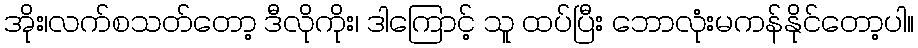
အိုး၊လက်စသတ်တော့ ဒီလိုကိုး၊ ဒါကြောင့် သူ ထပ်ပြီး ဘောလုံးမကန်နိုင်တော့ပါ။